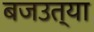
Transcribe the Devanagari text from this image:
बजउत्या